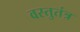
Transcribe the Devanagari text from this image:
वस्तुतंत्र